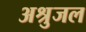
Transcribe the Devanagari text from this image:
अश्रुजल